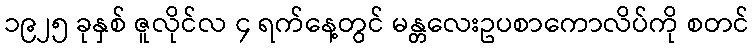
၁၉၂၅ ခုနှစ် ဇူလိုင်လ ၄ ရက်နေ့တွင် မန္တလေးဥပစာကောလိပ်ကို စတင်